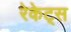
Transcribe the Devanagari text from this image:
रेकेट्स